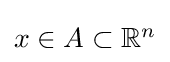
{\textstyle x\in A\subset \mathbb {R} ^{n}}